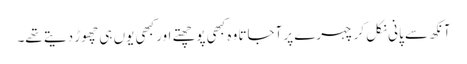
آنکھ سے پانی نکل کر چہرے پر آجاتا وہ کبھی پوچھتے اور کبھی یوں ہی چھوڑ دیتے تھے۔